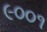
૯૦૦૧